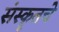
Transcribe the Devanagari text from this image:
संस्कॄतचे